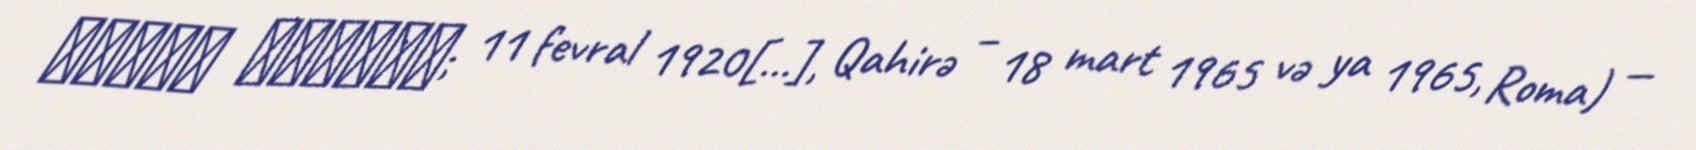
فاروق الأوّل; 11 fevral 1920[…], Qahirə – 18 mart 1965 və ya 1965, Roma) —